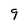
Character: 9